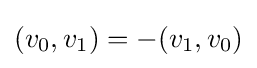
(v_{0},v_{1})=-(v_{1},v_{0})